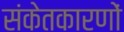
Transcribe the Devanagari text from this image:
संकेतकारणों